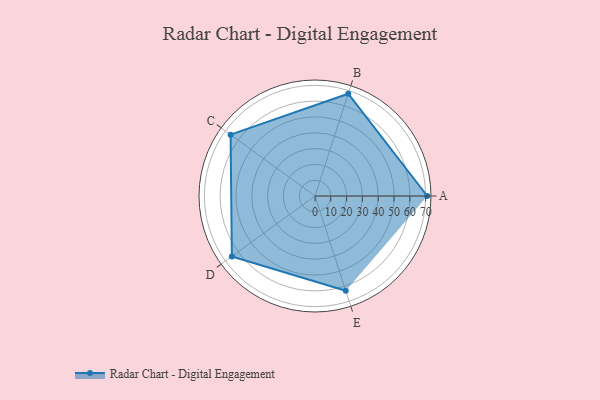
{"axis": {"x": "Skill", "y": "Score"}, "legend": ["Profile"], "data": [{"x": "A", "y": 71.0, "type": "Profile"}, {"x": "B", "y": 68.0, "type": "Profile"}, {"x": "C", "y": 66.0, "type": "Profile"}, {"x": "D", "y": 65.0, "type": "Profile"}, {"x": "E", "y": 63.0, "type": "Profile"}]}